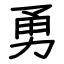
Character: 勇